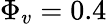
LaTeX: \Phi_{v}=0.4